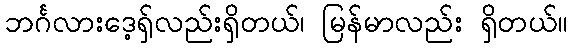
ဘင်္ဂလားဒေ့ရှ်လည်းရှိတယ်၊ မြန်မာလည်း ရှိတယ်။